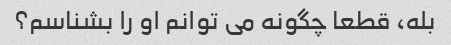
بله، قطعا چگونه می توانم او را بشناسم؟